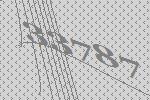
33787